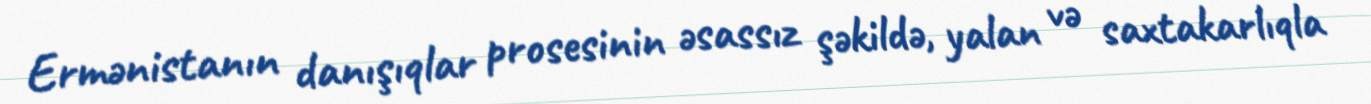
Ermənistanın danışıqlar prosesinin əsassız şəkildə, yalan və saxtakarlıqla